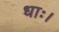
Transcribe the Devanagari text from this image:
धाः।